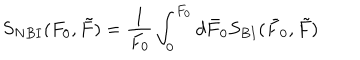
LaTeX: S _ { N B I } ( F _ { 0 } , \tilde { F } ) = \frac { 1 } { F _ { 0 } } \int _ { 0 } ^ { F _ { 0 } } d \bar { F } _ { 0 } S _ { B I } ( \bar { F } _ { 0 } , \tilde { F } )